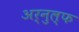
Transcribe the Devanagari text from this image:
अर्नुल्फ